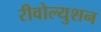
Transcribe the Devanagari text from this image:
रीवोल्युशन